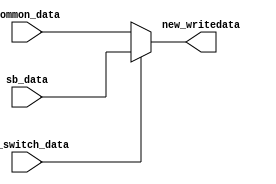
`timescale 1ns / 1ps
//////////////////////////////////////////////////////////////////////////////////
// Company: 
// Engineer: 
// 
// Design Name: 
// Module Name:    mux_sb_data 
// Project Name: 
// Target Devices: 
// Tool versions: 
// Description: 
//
// Dependencies: 
//
// Revision: 
// Revision 0.01 - File Created
// Additional Comments: 
//
//////////////////////////////////////////////////////////////////////////////////
module mux_sb_data(
    input [31:0] sb_data,
    input [31:0] common_data,
    input sb_switch_data,
    output [31:0] new_writedata
    );
	 assign new_writedata = (sb_switch_data)? sb_data:common_data;

endmodule